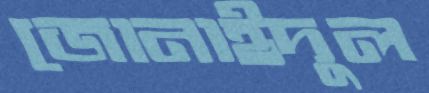
জোনাইদুল